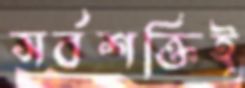
সর্বশক্তিই